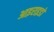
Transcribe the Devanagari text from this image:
आइराइडो